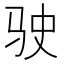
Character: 驶